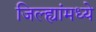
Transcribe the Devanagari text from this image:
जिल्ह्यांंमध्ये